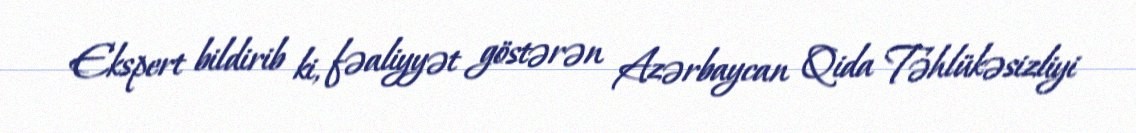
Ekspert bildirib ki, fəaliyyət göstərən Azərbaycan Qida Təhlükəsizliyi